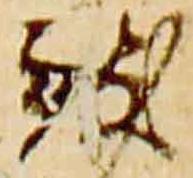
致